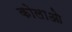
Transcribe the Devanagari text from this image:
कोलाओ